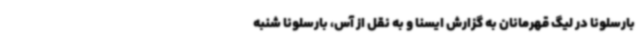
بارسلونا در لیگ قهرمانان به گزارش ایسنا و به نقل از آس، بارسلونا شنبه